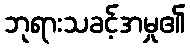
ဘုရားသခင့်အမှု၏